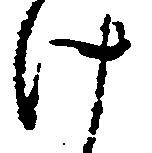
け